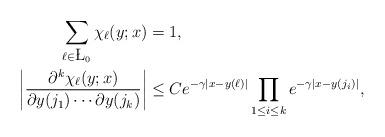
LaTeX: \begin{align*}\sum_{\ell \in \L_{0}} \chi_{\ell}(y; x) &= 1, \\\left| \frac{\partial^{k} \chi_{\ell}(y;x)}{\partial y(j_{1})\cdots \partial y(j_{k})} \right|&\leq C e^{- \gamma|x - y(\ell)|} \prod_{1 \leq i \leq k} e^{- \gamma|x - y(j_{i})|}, \end{align*}